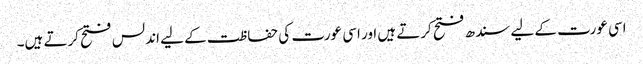
اسی عورت کے لیے سندھ فتح کرتے ہیں اور اسی عورت کی حفاظت کے لیے اندلس فتح کرتے ہیں۔